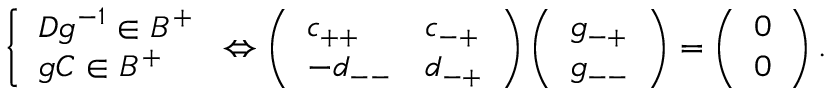
\left\{ \begin{array} { l } { D g ^ { - 1 } \in B ^ { + } } \\ { g C \in B ^ { + } } \end{array} \right. \Leftrightarrow \left( \begin{array} { l l } { c _ { + + } } & { c _ { - + } } \\ { - d _ { -- } } & { d _ { - + } } \end{array} \right) \left( \begin{array} { l } { g _ { - + } } \\ { g _ { -- } } \end{array} \right) = \left( \begin{array} { l } { 0 } \\ { 0 } \end{array} \right) .